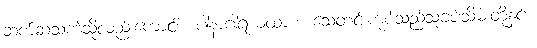
ဆက်ဆံသကဲ့သို့လည်းကောင်း။ ပါနာဂါရံယထာစ၊ သေတင်းကုပ်သည်သူခပ်သိမ်းတို့နှင့်